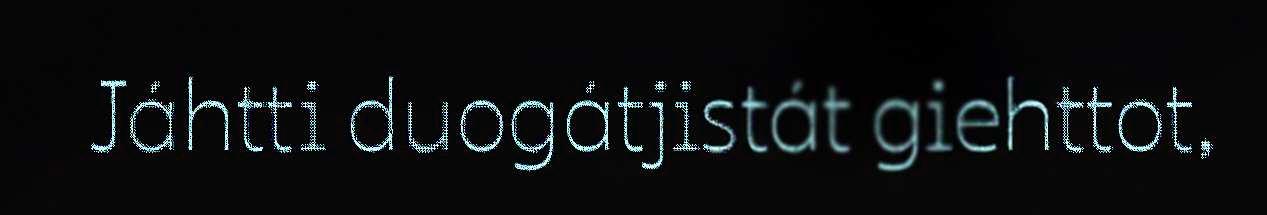
Jáhtti duogátjistát giehttot,